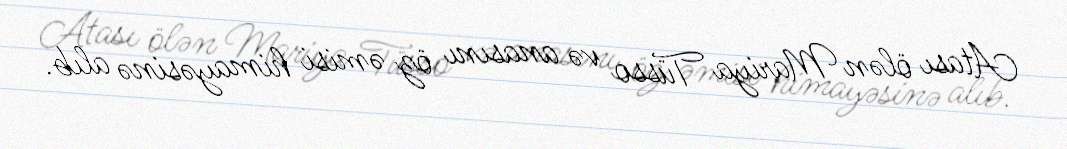
Atası ölən Mariya Tüsso və anasını öz əmisi himayəsinə alıb.